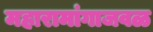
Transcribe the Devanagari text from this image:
महारामांगाजवळ